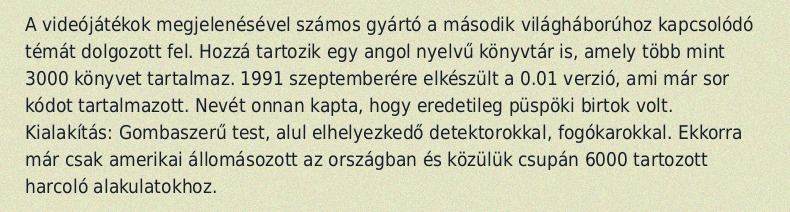
A videójátékok megjelenésével számos gyártó a második világháborúhoz kapcsolódó témát dolgozott fel. Hozzá tartozik egy angol nyelvű könyvtár is, amely több mint 3000 könyvet tartalmaz. 1991 szeptemberére elkészült a 0.01 verzió, ami már sor kódot tartalmazott. Nevét onnan kapta, hogy eredetileg püspöki birtok volt. Kialakítás: Gombaszerű test, alul elhelyezkedő detektorokkal, fogókarokkal. Ekkorra már csak amerikai állomásozott az országban és közülük csupán 6000 tartozott harcoló alakulatokhoz.